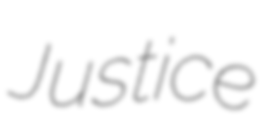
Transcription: Justice